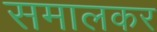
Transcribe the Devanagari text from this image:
समालकर